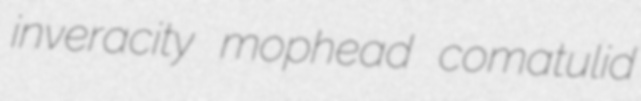
inveracity mophead comatulid